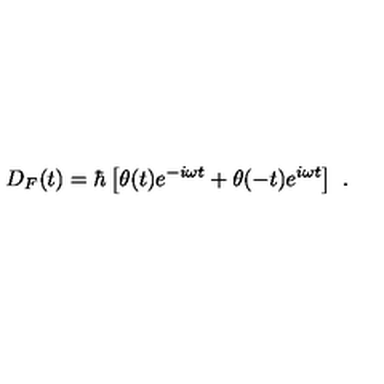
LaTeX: D _ { F } ( t ) = \hbar \left[ \theta ( t ) e ^ { - i \omega t } + \theta ( - t ) e ^ { i \omega t } \right] \ .